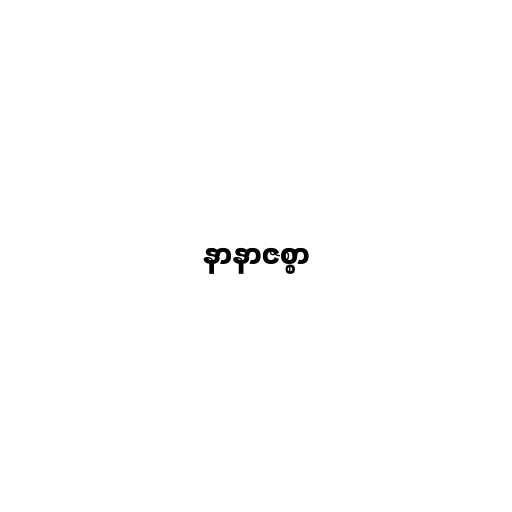
နာနာဇစ္စာ